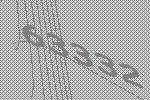
63332